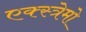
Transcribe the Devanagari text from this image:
एक्स्त्रेमो